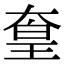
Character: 𡙙